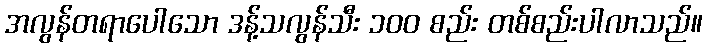
အလွန်တရာပေါသော ဒန့်သလွန်သီး ၁၀၀ စည်း တစ်စည်းပါလာသည်။